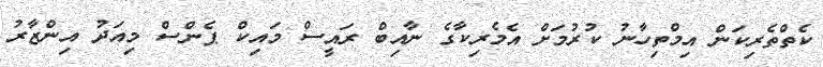
ކެތްތެރިކަން އިމްތިހާނު ކުރުމަށް އެމެރިކާގެ ނާއިބް ރައީސް މައިކް ޕެންސް މިއަދު އިންޒާރު